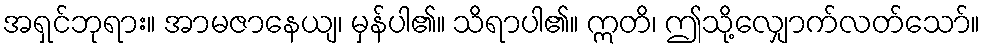
အရှင်ဘုရား။ အာမဇာနေယျ၊ မှန်ပါ၏။ သိရာပါ၏။ ဣတိ၊ ဤသို့လျှောက်လတ်သော်။